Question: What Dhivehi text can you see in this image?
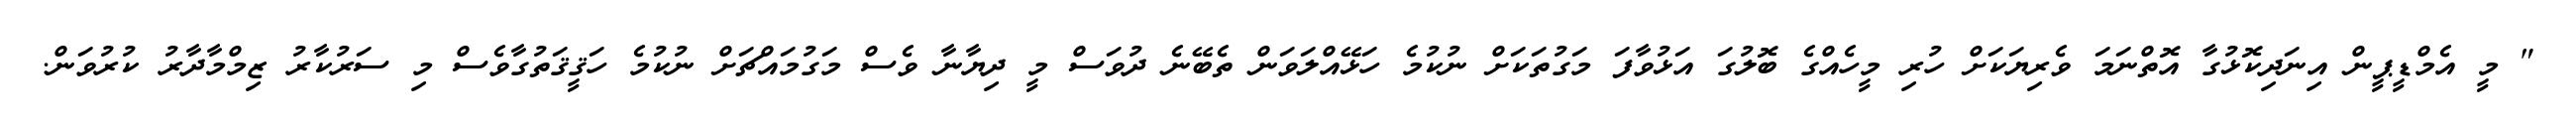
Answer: " މީ އެމްޑީޕީން އިނަދިކޮޅުގާ އޮތްނަމަ ވެރިޔަކަށް ހުރި މީހެއްގެ ބޮލުގަ އަޅުވާފަ މަގުތަކަށް ނުކުމެ ހަޅޭއްލަވަން ތެބޭނެ ދުވަސް މީ ދިޔާނާ ވެސް މަގުމައްޗަށް ނުކުމެ ހަޤީޤަތުގާވެސް މި ސަރުކާރު ޒިމްމާދާރު ކުރުވަން.